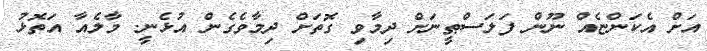
އަށް އެކަންޏެއް ނޫން ފަލަސްޠީނަށް ދިމާވި ގޮތަށް ދިމާވެގެން އުޅެނީ. މާލެއާ އަތޮޅު